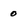
Character: 0